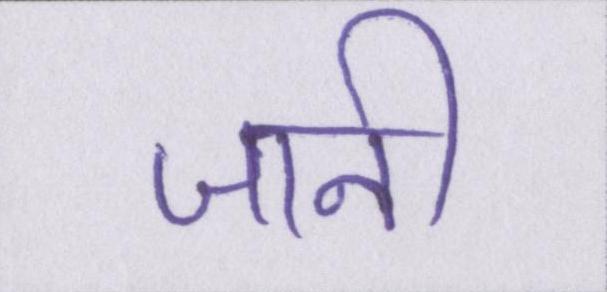
जानी